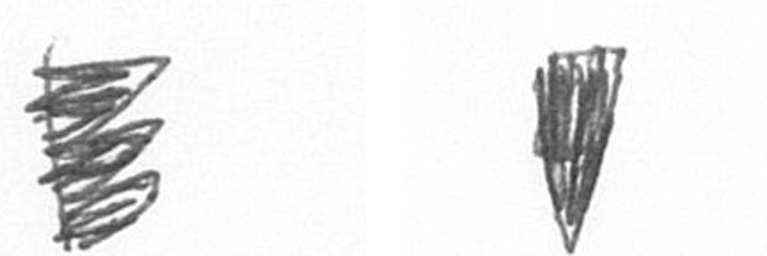
H J